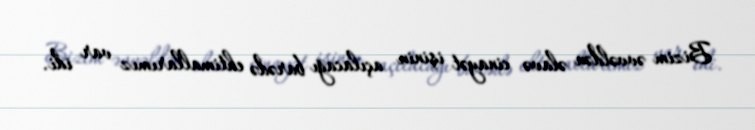
Bizim əvvəldən əlavə cinayət işinin açılacağı barədə ehtimallarımız var idi.